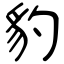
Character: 豹